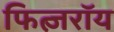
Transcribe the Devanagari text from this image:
फित्ज़रॉय